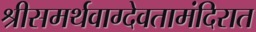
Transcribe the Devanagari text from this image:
श्रीसमर्थवाग्देवतामंदिरात